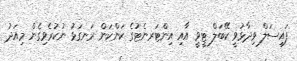
ފައިސަލް ވިދާޅުވީ ކޭބަލް ޓީވީ އާއި އިންޓަރނެޓުގެ ކަންކަން ރަނގަޅު ނުކުރެވިގެން މިއަދު